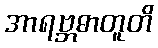
အာရဗ္ဘဓာတူတိ